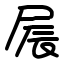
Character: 屒